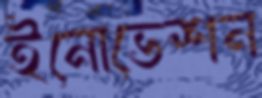
ইনোভেশন